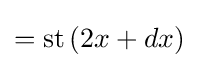
=\operatorname {st} \left(2x+dx\right)